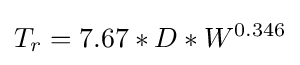
T_{r}=7.67*D*W^{0.346}